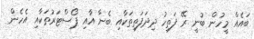
ބައެއް މީހުން ބުނީ ރޭ ފަތިހު ދިދަފަތިތަކާއި ބެނާ އާއި ޕޯސްޓަރުތަކާއި އެހެން